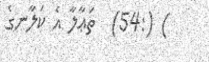
) (:54)  ތަޢާލާ އެ ކަލާނގެ